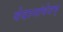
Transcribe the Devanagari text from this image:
वेदानांवेदम्